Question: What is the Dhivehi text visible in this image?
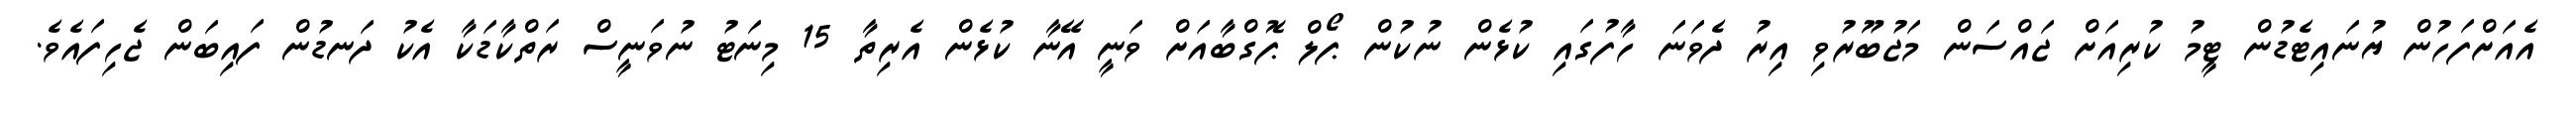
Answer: އެއަށްފަހުން ޔުނައިޓެޑުން ޓީމު ކުރިއަށް ޖައްސަން މަޖުބޫރުވި އިރު ދެވަނަ ހާފުގައި ކުޅެން ނުކުން ޕޯލް ޕޮގްބާއަށް ވަނީ އޭނާ ކުޅެން އެރިތާ 15 މިނަޓު ނުވަނީސް ރަތްކާޑަކާ އެކު ދަނޑުން ފައިބަން ޖެހިފައެވެ.